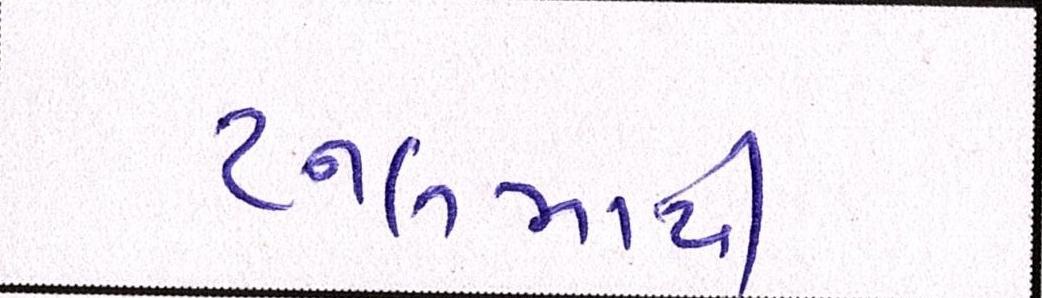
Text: ટનલમાંથી